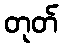
တုတ်